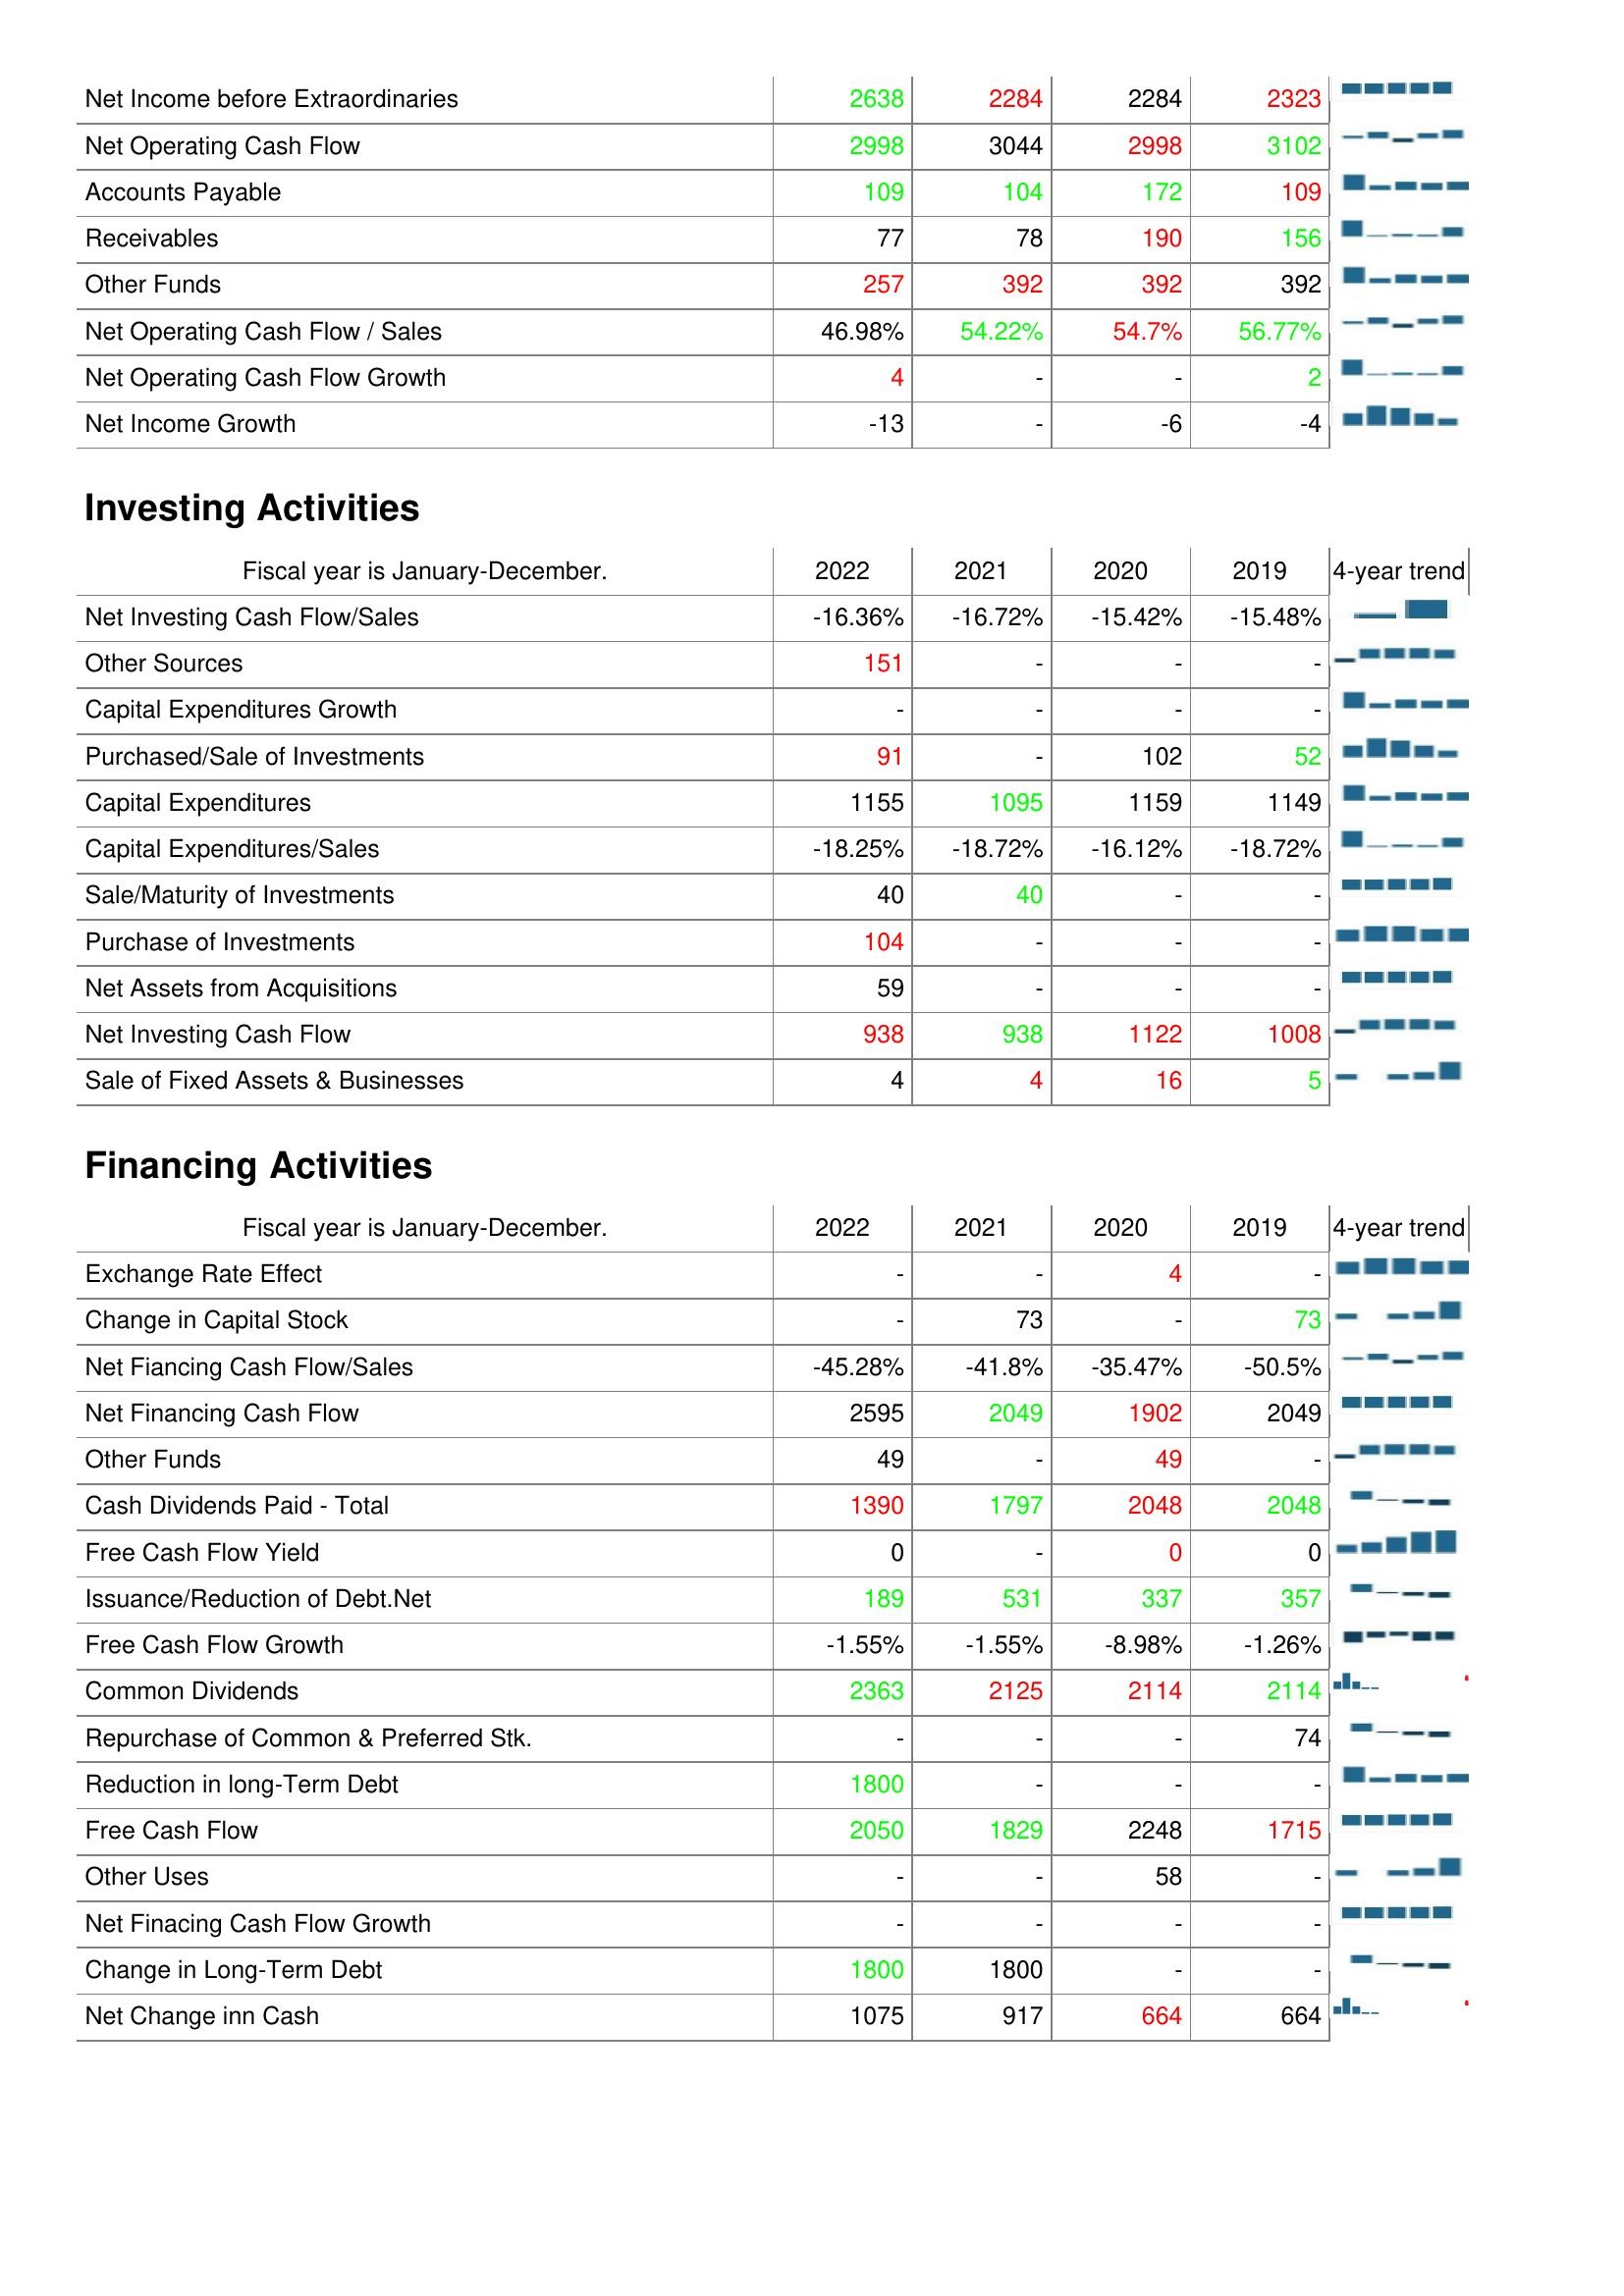
2022: Operating Activities: Net Income before Extraordinaries: 2638
Net Operating Cash Flow: 2998
Accounts Payable: 109
Receivables: 77
Other Funds: 257
Net Operating Cash Flow / Sales: 46.98%
Net Operating Cash Flow Growth: 4
Net Income Growth: -13
Investing Activities: Net Investing Cash Flow/Sales: -16.36%
Other Sources: 151
Capital Expenditures Growth: -
Purchased/Sale of Investments: 91
Capital Expenditures: 1155
Capital Expenditures/Sales: -18.25%
Sale/Maturity of Investments: 40
Purchase of Investments: 104
Net Assets from Acquisitions: 59
Net Investing Cash Flow: 938
Sale of Fixed Assets & Businesses: 4
Financing Activities: Exchange Rate Effect: -
Change in Capital Stock: -
Net Fiancing Cash Flow/Sales: -45.28%
Net Financing Cash Flow: 2595
Other Funds: 49
Cash Dividends Paid - Total: 1390
Free Cash Flow Yield: 0
Issuance/Reduction of Debt.Net: 189
Free Cash Flow Growth: -1.55%
Common Dividends: 2363
Repurchase of Common & Preferred Stk.: -
Reduction in long-Term Debt: 1800
Free Cash Flow: 2050
Other Uses: -
Net Finacing Cash Flow Growth: -
Change in Long-Term Debt: 1800
Net Change inn Cash: 1075
2021: Operating Activities: Net Income before Extraordinaries: 2284
Net Operating Cash Flow: 3044
Accounts Payable: 104
Receivables: 78
Other Funds: 392
Net Operating Cash Flow / Sales: 54.22%
Net Operating Cash Flow Growth: -
Net Income Growth: -
Investing Activities: Net Investing Cash Flow/Sales: -16.72%
Other Sources: -
Capital Expenditures Growth: -
Purchased/Sale of Investments: -
Capital Expenditures: 1095
Capital Expenditures/Sales: -18.72%
Sale/Maturity of Investments: 40
Purchase of Investments: -
Net Assets from Acquisitions: -
Net Investing Cash Flow: 938
Sale of Fixed Assets & Businesses: 4
Financing Activities: Exchange Rate Effect: -
Change in Capital Stock: 73
Net Fiancing Cash Flow/Sales: -41.8%
Net Financing Cash Flow: 2049
Other Funds: -
Cash Dividends Paid - Total: 1797
Free Cash Flow Yield: -
Issuance/Reduction of Debt.Net: 531
Free Cash Flow Growth: -1.55%
Common Dividends: 2125
Repurchase of Common & Preferred Stk.: -
Reduction in long-Term Debt: -
Free Cash Flow: 1829
Other Uses: -
Net Finacing Cash Flow Growth: -
Change in Long-Term Debt: 1800
Net Change inn Cash: 917
2020: Operating Activities: Net Income before Extraordinaries: 2284
Net Operating Cash Flow: 2998
Accounts Payable: 172
Receivables: 190
Other Funds: 392
Net Operating Cash Flow / Sales: 54.7%
Net Operating Cash Flow Growth: -
Net Income Growth: -6
Investing Activities: Net Investing Cash Flow/Sales: -15.42%
Other Sources: -
Capital Expenditures Growth: -
Purchased/Sale of Investments: 102
Capital Expenditures: 1159
Capital Expenditures/Sales: -16.12%
Sale/Maturity of Investments: -
Purchase of Investments: -
Net Assets from Acquisitions: -
Net Investing Cash Flow: 1122
Sale of Fixed Assets & Businesses: 16
Financing Activities: Exchange Rate Effect: 4
Change in Capital Stock: -
Net Fiancing Cash Flow/Sales: -35.47%
Net Financing Cash Flow: 1902
Other Funds: 49
Cash Dividends Paid - Total: 2048
Free Cash Flow Yield: 0
Issuance/Reduction of Debt.Net: 337
Free Cash Flow Growth: -8.98%
Common Dividends: 2114
Repurchase of Common & Preferred Stk.: -
Reduction in long-Term Debt: -
Free Cash Flow: 2248
Other Uses: 58
Net Finacing Cash Flow Growth: -
Change in Long-Term Debt: -
Net Change inn Cash: 664
2019: Operating Activities: Net Income before Extraordinaries: 2323
Net Operating Cash Flow: 3102
Accounts Payable: 109
Receivables: 156
Other Funds: 392
Net Operating Cash Flow / Sales: 56.77%
Net Operating Cash Flow Growth: 2
Net Income Growth: -4
Investing Activities: Net Investing Cash Flow/Sales: -15.48%
Other Sources: -
Capital Expenditures Growth: -
Purchased/Sale of Investments: 52
Capital Expenditures: 1149
Capital Expenditures/Sales: -18.72%
Sale/Maturity of Investments: -
Purchase of Investments: -
Net Assets from Acquisitions: -
Net Investing Cash Flow: 1008
Sale of Fixed Assets & Businesses: 5
Financing Activities: Exchange Rate Effect: -
Change in Capital Stock: 73
Net Fiancing Cash Flow/Sales: -50.5%
Net Financing Cash Flow: 2049
Other Funds: -
Cash Dividends Paid - Total: 2048
Free Cash Flow Yield: 0
Issuance/Reduction of Debt.Net: 357
Free Cash Flow Growth: -1.26%
Common Dividends: 2114
Repurchase of Common & Preferred Stk.: 74
Reduction in long-Term Debt: -
Free Cash Flow: 1715
Other Uses: -
Net Finacing Cash Flow Growth: -
Change in Long-Term Debt: -
Net Change inn Cash: 664